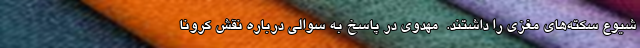
شیوع سکته‌های مغزی را داشتند.  مهدوی در پاسخ به سوالی درباره نقش کرونا